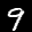
Label: 9